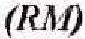
(RM)